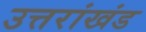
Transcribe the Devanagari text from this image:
उत्तरांखंड